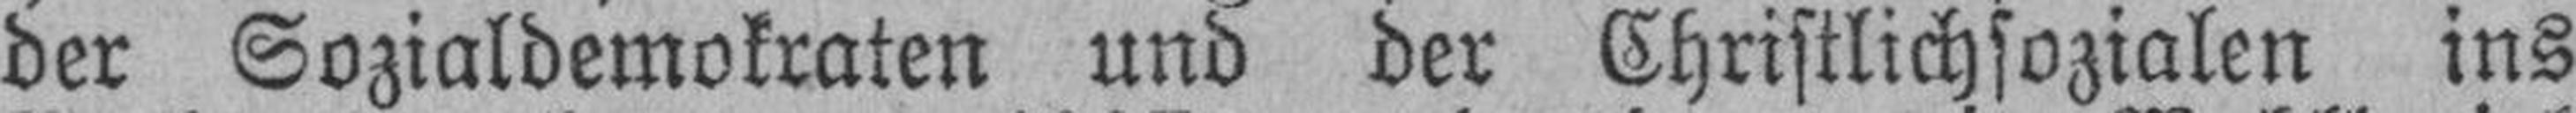
der Sozialdemokraten und der Christlichsozialen ins